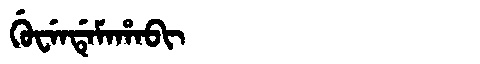
Manchu: ᡤᡠᠸᡝᠨᡩᡝᠮᠠᡥᠠᠪᡳ
Romanization: GUWENDEMAHABI